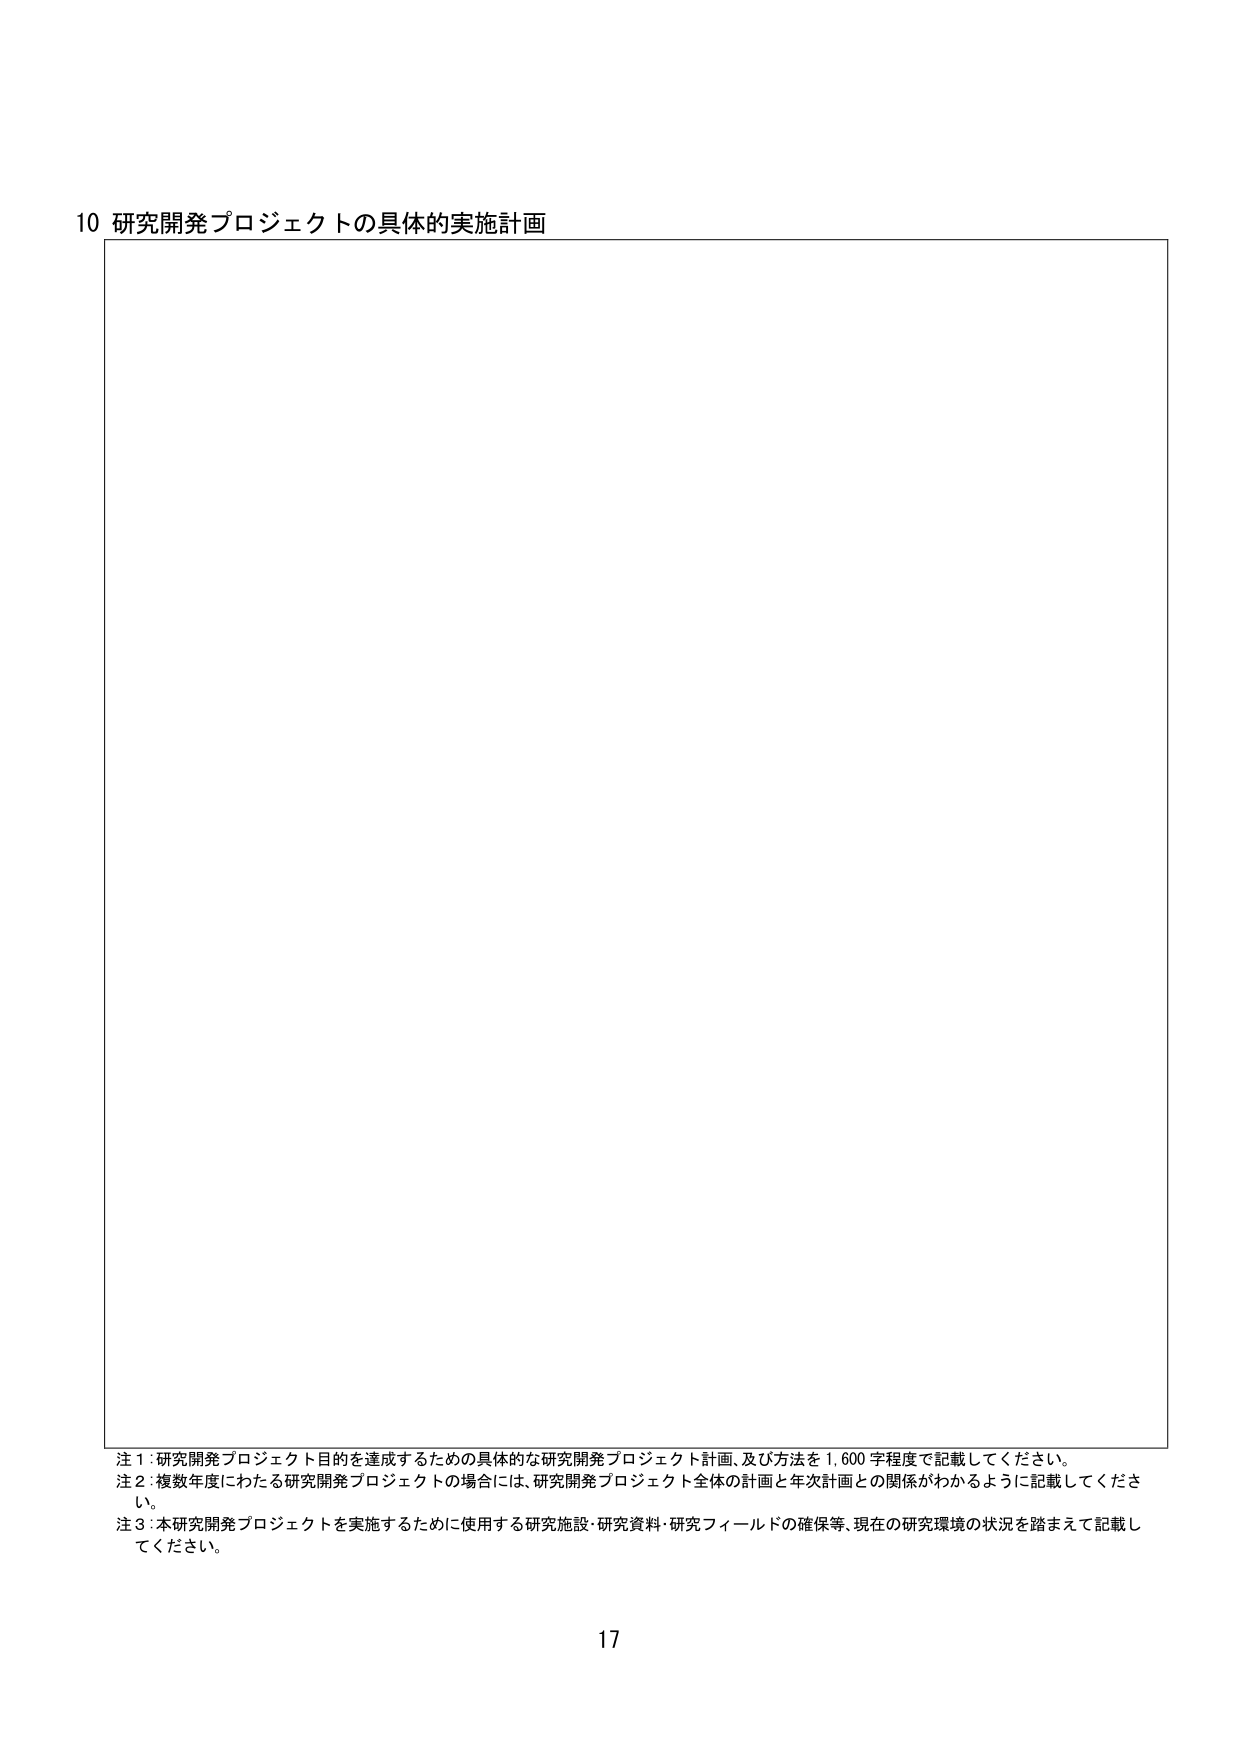
10 研究開発プロジェクトの具体的実施計画

注1：研究開発プロジェクト目的を達成するための具体的な研究開発プロジェクト計画、及び方法を1,600字程度で記載してください。
注2：複数年度にわたる研究開発プロジェクトの場合には、研究開発プロジェクト全体の計画と年次計画との関係がわかるように記載してください。
注3：本研究開発プロジェクトを実施するために使用する研究施設・研究資料・研究フィールドの確保等、現在の研究環境の状況を踏まえて記載してください。

17